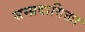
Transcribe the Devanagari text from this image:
सम्प्रदायिक्ता